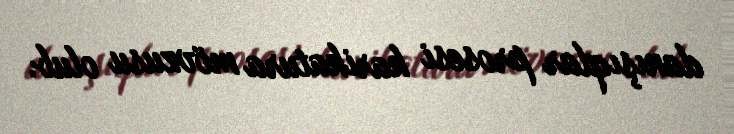
danışıqlar prosesi karikatura mövzusu olub.